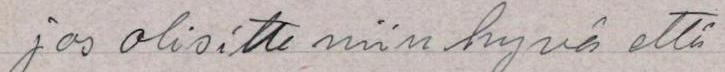
jos olisitte niin hyvä että